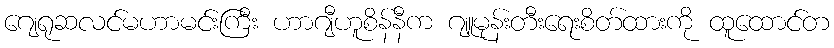
ဂျေရုဆလင်မဟာမင်းကြီး ဟာဂျီဟူစိန်နီက ဂျူမုန်းတီးရေးစိတ်ထားကို ထူထောင်တ